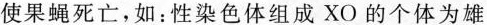
使果蝇死亡，如：性染色体组成XO的个体为雄